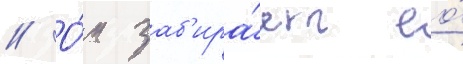
// О́н заб'ира́ет ео́